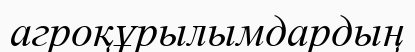
агроқұрылымдардың